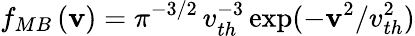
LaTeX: f_{MB}\left(\mathbf{v}\right)=\pi^{-3/2}\, v_{th}^{-3}\exp(-\mathbf{v}^{2}/v_{th}^{2})